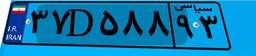
۳۷D۵۸۸۹۳